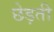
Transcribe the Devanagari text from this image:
छेड़ती